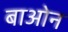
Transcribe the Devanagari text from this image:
बाओन